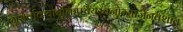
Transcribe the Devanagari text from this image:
गुरोर्वाक्याद्युक्तिप्रचयरचनोन्मार्जनवशात्